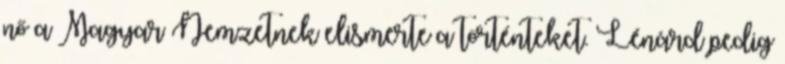
nő a Magyar Nemzetnek elismerte a történteket. Lénárd pedig